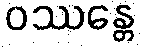
ဝဿန္တေ